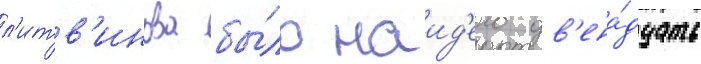
л'итв'инова бы́ло наид'ено дв'ена́дцать